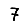
Digit: 7